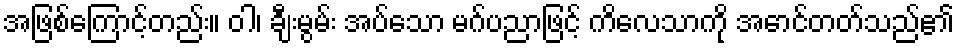
အဖြစ်ကြောင့်တည်း။ ဝါ၊ ချီးမွမ်း အပ်သော မဂ်ပညာဖြင့် ကိလေသာကို အောင်တတ်သည်၏